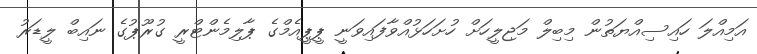
އަމިއްލަ ހައިސިއްޔަތުން މިބިލް މަޖިލީހަށް ހުށަހަޅުއްވާފައިވަނީ ޕީޕީއެމްގެ ޕާލިމެންޓްރީ ގުރޫޕުގެ ނައިބް ލީޑަރު